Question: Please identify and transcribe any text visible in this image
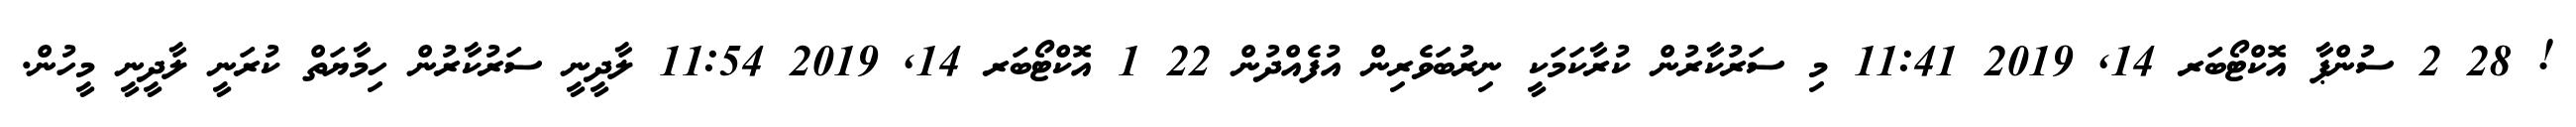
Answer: ! 28 2 ސުންޕާ އޮކްޓޯބަރ 14, 2019 11:41 މި ސަރުކާރުން ކުރާކަމަކީ ނިރުބަވެރިން އުފެއްދުން 22 1 އޮކްޓޯބަރ 14, 2019 11:54 ލާދީނީ ސަރުކާރުން ހިމާޔަތް ކުރަނީ ލާދީނީ މީހުން.